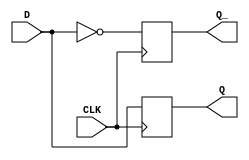
module negedge_d_ff (
    input wire D,
    input wire CLK,
    output reg Q,
    output reg Q_
);

always @ (negedge CLK) begin
    Q <= D;
    Q_ <= ~D;
end

endmodule